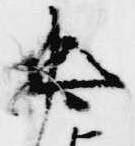
忠